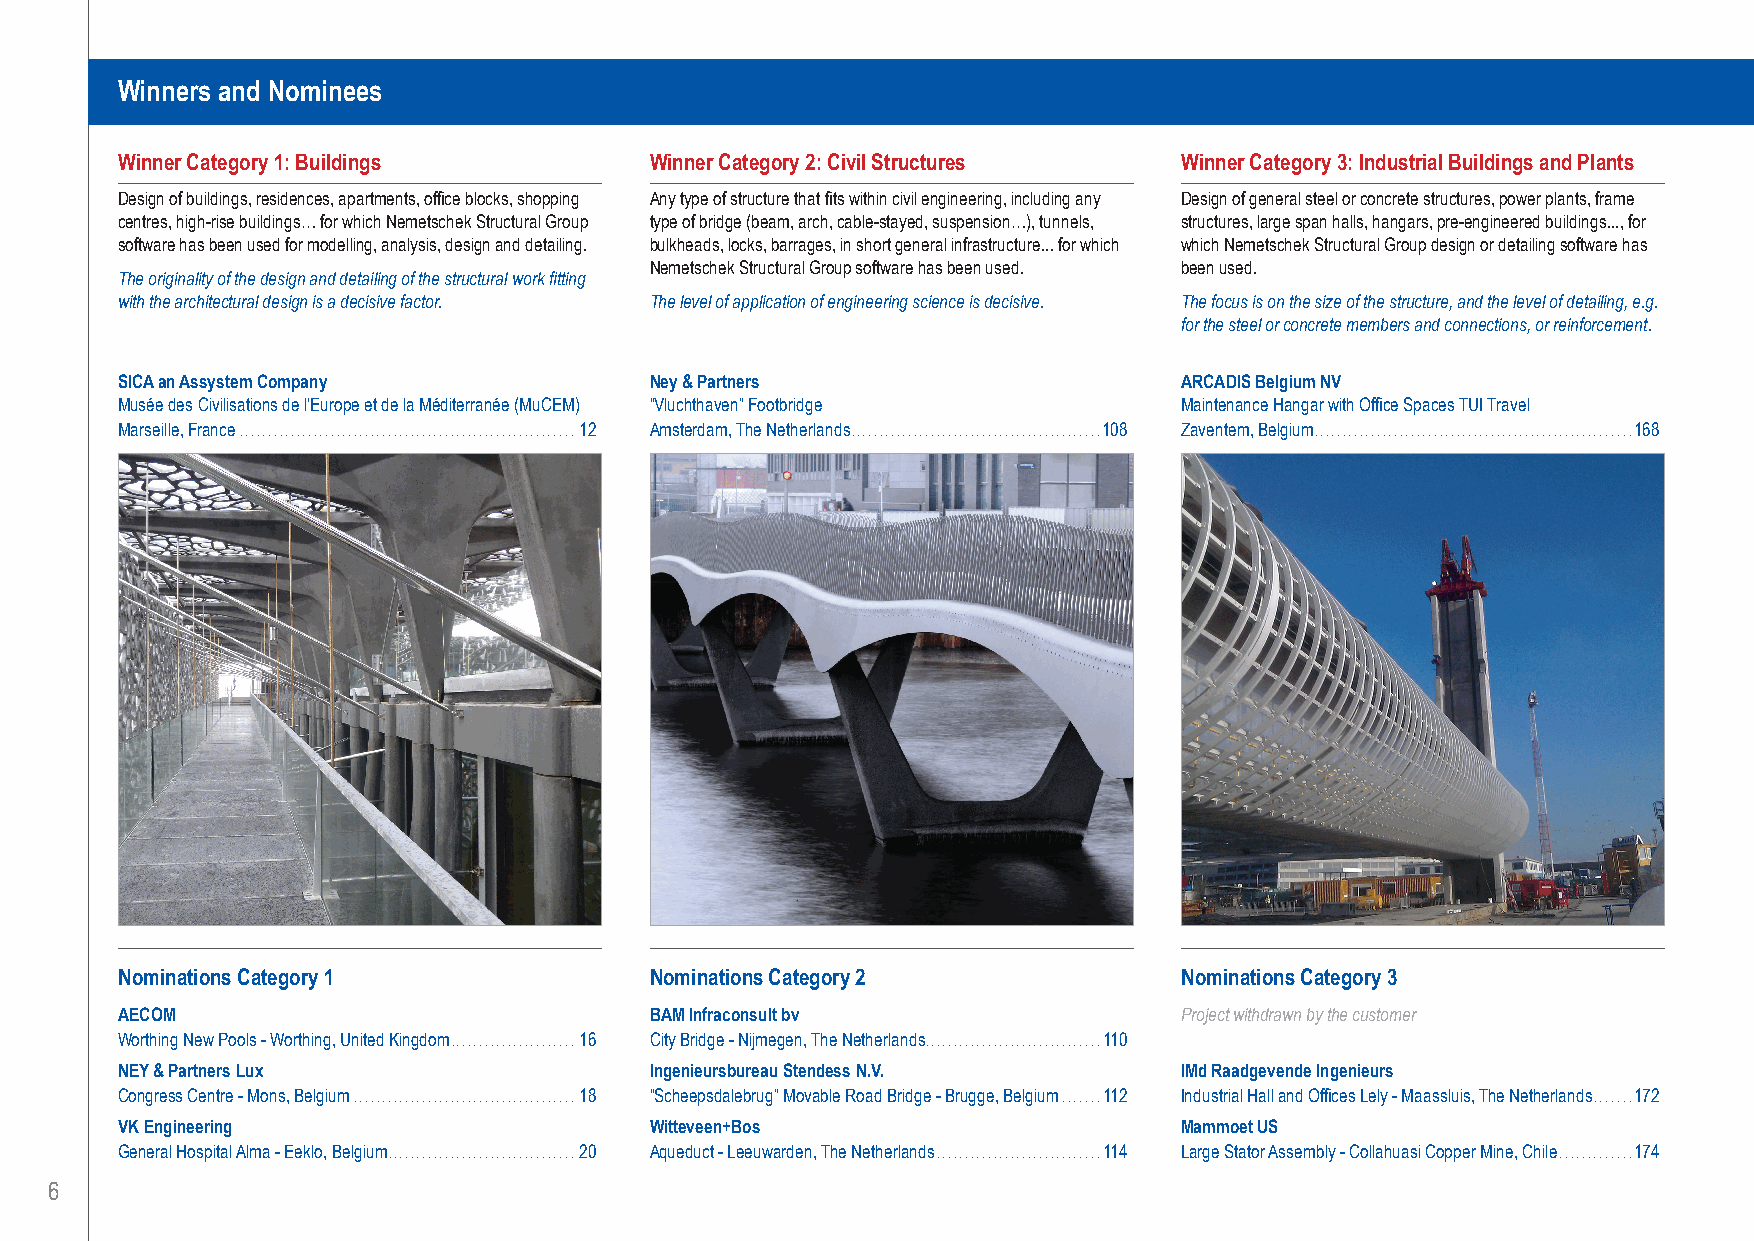
Winners and Nominees
 Winner Category 1: Buildings       Winner Category 2: Civil Structures Winner Category 3: Industrial Buildings and Plants
 Design of buildings, residences, apartments, office blocks, shopping Any type of structure that fits within civil engineering, including any Design of general steel or concrete structures, power plants, frame
 centres, high-rise buildings… for which Nemetschek Structural Group type of bridge (beam, arch, cable-stayed, suspension…), tunnels, structures, large span halls, hangars, pre-engineered buildings..., for
 software has been used for modelling, analysis, design and detailing. bulkheads, locks, barrages, in short general infrastructure... for which which Nemetschek Structural Group design or detailing software has
 Nemetschek Structural Group software has been used. been used.
 The originality of the design and detailing of the structural work fitting
 with the architectural design is a decisive factor. The level of application of engineering science is decisive. The focus is on the size of the structure, and the level of detailing, e.g.
 for the steel or concrete members and connections, or reinforcement.
 SICA an Assystem Company           Ney & Partners                     ARCADIS Belgium NV
 Musée des Civilisations de l’Europe et de la Méditerranée (MuCEM) “Vluchthaven” Footbridge Maintenance Hangar with Office Spaces TUI Travel
 Marseille, France ...........................................................12 Amsterdam, The Netherlands............................................108 Zaventem, Belgium........................................................168
 Nominations Category 1             Nominations Category 2             Nominations Category 3
 AECOM                              BAM Infraconsult bv                Project withdrawn by the customer
 Worthing New Pools - Worthing, United Kingdom......................16 City Bridge - Nijmegen, The Netherlands...............................110
 NEY & Partners Lux                 Ingenieursbureau Stendess N.V.     IMd Raadgevende Ingenieurs
 Congress Centre - Mons, Belgium .......................................18 “Scheepsdalebrug” Movable Road Bridge - Brugge, Belgium .......112 Industrial Hall and Offices Lely - Maassluis, The Netherlands.......172
 VK Engineering                     Witteveen+Bos                      Mammoet US
 General Hospital Alma - Eeklo, Belgium.................................20 Aqueduct - Leeuwarden, The Netherlands . . . . . . . . . . . . . . . . . . . . . . . . . . . . . 114 Large Stator Assembly - Collahuasi Copper Mine, Chile .............174
 6